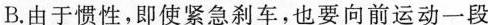
B.由于惯性，即使紧急刹车，也要向前运动一段